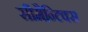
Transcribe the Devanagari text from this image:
सीमैन्टिक्स